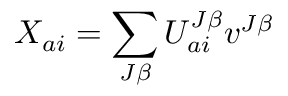
X _ { a i } = \sum _ { J \beta } U _ { a i } ^ { J \beta } v ^ { J \beta }